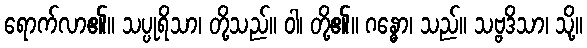
ရောက်လာ၏။ သပ္ပုရိသာ၊ တို့သည်။ ဝါ၊ တို့၏။ ဂန္ဓော၊ သည်။ သဗ္ဗဒိသာ၊ သို့။